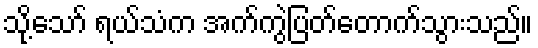
သို့သော် ရယ်သံက အက်ကွဲပြတ်တောက်သွားသည်။